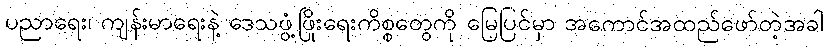
ပညာရေး၊ ကျန်းမာရေးနဲ့ ဒေသဖွံ့ဖြိုးရေးကိစ္စတွေကို မြေပြင်မှာ အကောင်အထည်ဖော်တဲ့အခါ